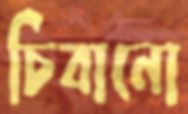
চিবানো